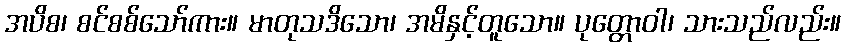
အပိစ၊ စင်စစ်သော်ကား။ မာတုသဒိသော၊ အမိနှင့်တူသော။ ပုတ္တောဝါ၊ သားသည်လည်း။